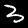
Digit: 3